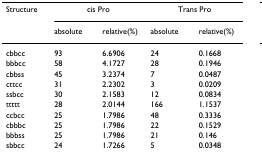
<table><thead><tr><td><b>Structure</b></td><td colspan="2"><b>cis Pro</b></td><td colspan="2"><b>Trans Pro</b></td></tr><tr><td></td><td><b>absolute</b></td><td><b>relative(%)</b></td><td><b>absolute</b></td><td><b>relative(%)</b></td></tr></thead><tbody><tr><td>cbbcc</td><td>93</td><td>6.6906</td><td>24</td><td>0.1668</td></tr><tr><td>bbbcc</td><td>58</td><td>4.1727</td><td>28</td><td>0.1946</td></tr><tr><td>cbbss</td><td>45</td><td>3.2374</td><td>7</td><td>0.0487</td></tr><tr><td>cttcc</td><td>31</td><td>2.2302</td><td>3</td><td>0.0209</td></tr><tr><td>ssbcc</td><td>30</td><td>2.1583</td><td>12</td><td>0.0834</td></tr><tr><td>ttttt</td><td>28</td><td>2.0144</td><td>166</td><td>1.1537</td></tr><tr><td>ccbcc</td><td>25</td><td>1.7986</td><td>48</td><td>0.3336</td></tr><tr><td>cbbbc</td><td>25</td><td>1.7986</td><td>22</td><td>0.1529</td></tr><tr><td>bbbss</td><td>25</td><td>1.7986</td><td>21</td><td>0.146</td></tr><tr><td>sbbcc</td><td>24</td><td>1.7266</td><td>5</td><td>0.0348</td></tr></tbody></table>